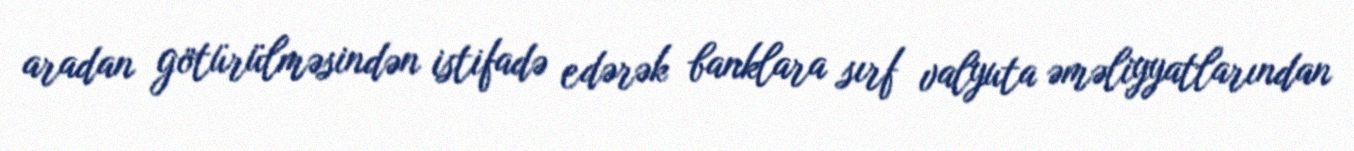
aradan götürülməsindən istifadə edərək banklara sırf valyuta əməliyyatlarından